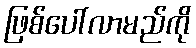
ဖြစ်ပေါ်လာမည်ကို